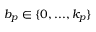
b _ { p } \in \{ 0 , . . . , k _ { p } \}